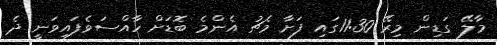
މާލޭ ގަޑިން މިރޭ 11:30ގައި ފަށާ މެޗު އެންމެ ބޮޑަށް ހާއްސަވެފައިވަނީ ދެ